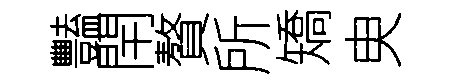
豔閈贅所矯㬰